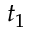
t _ { 1 }